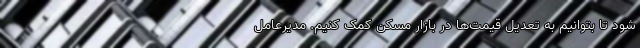
شود تا بتوانیم به تعدیل قیمت‌ها در بازار مسکن کمک کنیم. مدیرعامل